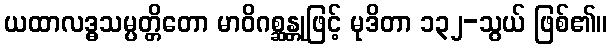
ယထာလဒ္ဓသမ္ပတ္တိတော မာဝိဂစ္ဆန္တုဖြင့် မုဒိတာ ၁၃၂-သွယ် ဖြစ်၏။